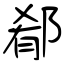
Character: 郩